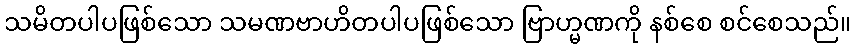
သမိတပါပဖြစ်သော သမဏဗာဟိတပါပဖြစ်သော ဗြာဟ္မဏကို နစ်စေ စင်စေသည်။